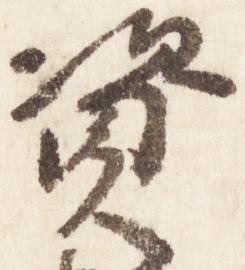
資